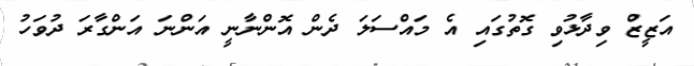
އަޒީޒް ވިދާޅުވި ގޮތުގައި އެ މައްސަލަ ދެން އޮންނާނީ އަންނަ އަންގާރަ ދުވަހު